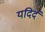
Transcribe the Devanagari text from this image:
यदिदं